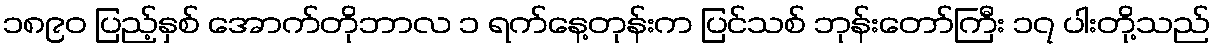
၁၈၉၀ ပြည့်နှစ် အောက်တိုဘာလ ၁ ရက်နေ့တုန်းက ပြင်သစ် ဘုန်းတော်ကြီး ၁၇ ပါးတို့သည်